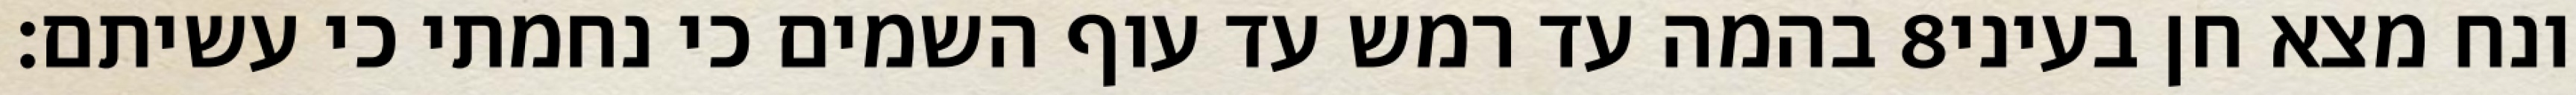
בהמה עד רמש עד עוף השמים כי נחמתי כי עשיתם׃ ‎8‏ ונח מצא חן בעיני